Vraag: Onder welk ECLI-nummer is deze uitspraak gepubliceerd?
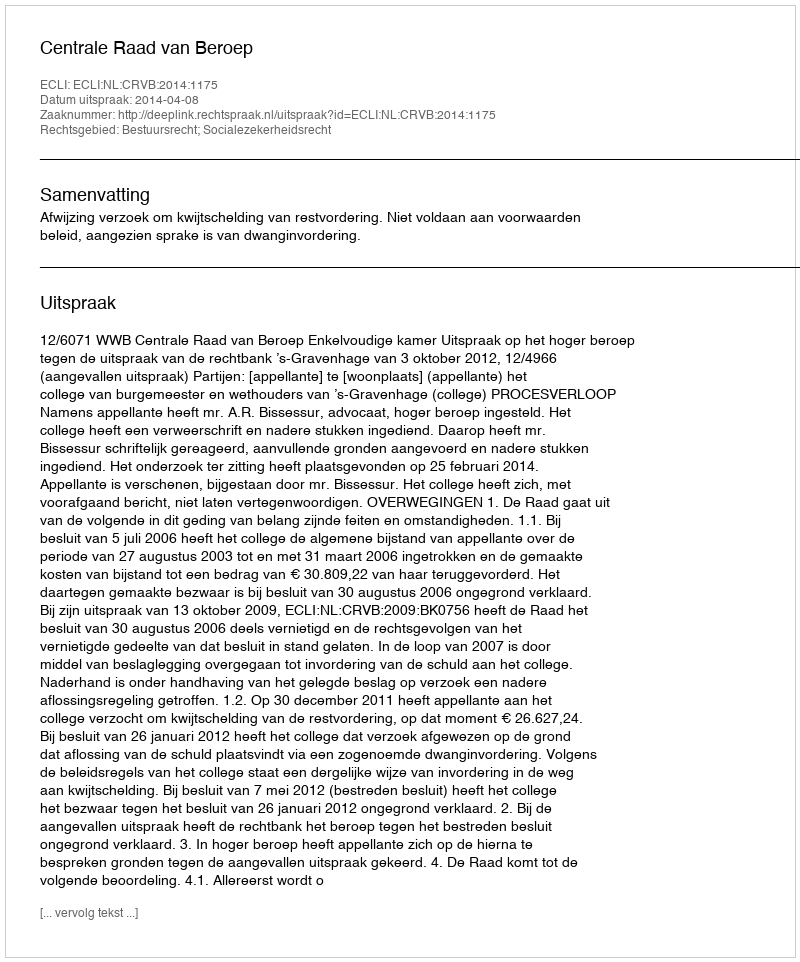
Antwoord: ECLI:NL:CRVB:2014:1175